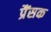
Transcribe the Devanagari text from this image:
प्रैंसक